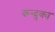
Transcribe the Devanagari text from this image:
कन्दुका